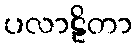
ပလာဠိတာ